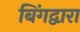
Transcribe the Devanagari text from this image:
बिंगद्वारा